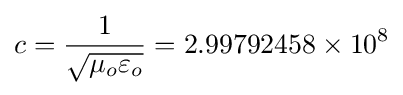
c={1 \over {\sqrt {\mu _{o}\varepsilon _{o}}}}=2.99792458\times 10^{8}